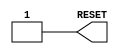
`timescale 1ns/1fs

module RESET_GEN(RESET); 

   parameter DELAY  = 1000;  
   parameter LOGIC_LEVEL = 0 ;
   
   output RESET;
   reg RESET; 

   initial
   begin 
		if (LOGIC_LEVEL == 0)
            begin
      		RESET = 1'b0; 
      		#DELAY
      		RESET = 1'b1;
		end
            else 
            begin
			RESET = 1'b1; 
      		#DELAY
      		RESET = 1'b0;
		end
   end

endmodule